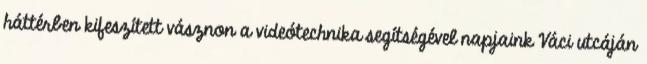
háttérben kifeszített vásznon a videótechnika segítségével napjaink Váci utcáján